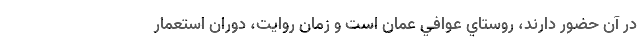
در آن حضور دارند، روستاي عوافي عمان است و زمان روايت، دوران استعمار